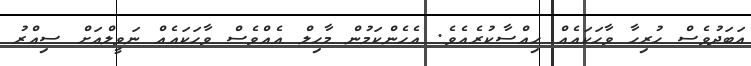
އަބަދުވެސް ހުރިހާ ވާހަކައެއް ހިއްސާކުރެއެވެ. އެހެންކަމުން މާހިލް އެއްވެސް ވާހަކައެއް ނަވީލްއަށް ސިއްރު